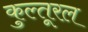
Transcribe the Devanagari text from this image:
कुल्तूरल